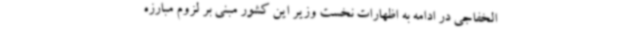
الخفاجی در ادامه به اظهارات نخست وزیر این کشور مبنی بر لزوم مبارزه